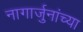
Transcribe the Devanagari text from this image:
नागार्जुनांच्या